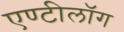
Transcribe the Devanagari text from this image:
एण्टीलॉग